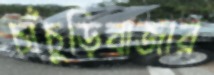
চাঁচুড়িবাজার